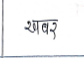
मजकूर: खबर